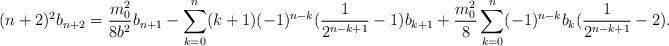
\begin{align*}(n+2)^{2}b_{n+2}=\frac{m_{0}^{2}}{8b^{2}}b_{n+1}-\sum_{k=0}^{n}(k+1)(-1)^{n-k}(\frac{1}{2^{n-k+1}}-1)b_{k+1}+\frac{m_{0}^{2}}{8}\sum_{k=0}^{n}(-1)^{n-k}b_{k}(\frac{1}{2^{n-k+1}}-2).\end{align*}